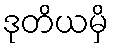
ဒုတိယမှိ